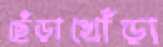
ছেঁড়াখোঁড়া